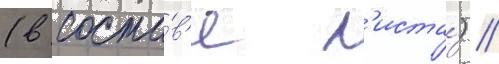
(в соста́в'е л'иста́) //